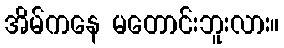
အိမ်ကနေ မတောင်းဘူးလား။